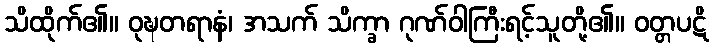
သိထိုက်၏။ ဝုဍ္ဎတရာနံ၊ အသက် သိက္ခာ ဂုဏ်ဝါကြီးရင့်သူတို့၏။ ဝတ္တပဋိ